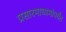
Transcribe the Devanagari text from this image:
प्रसारमाध्यमांपर्यंत